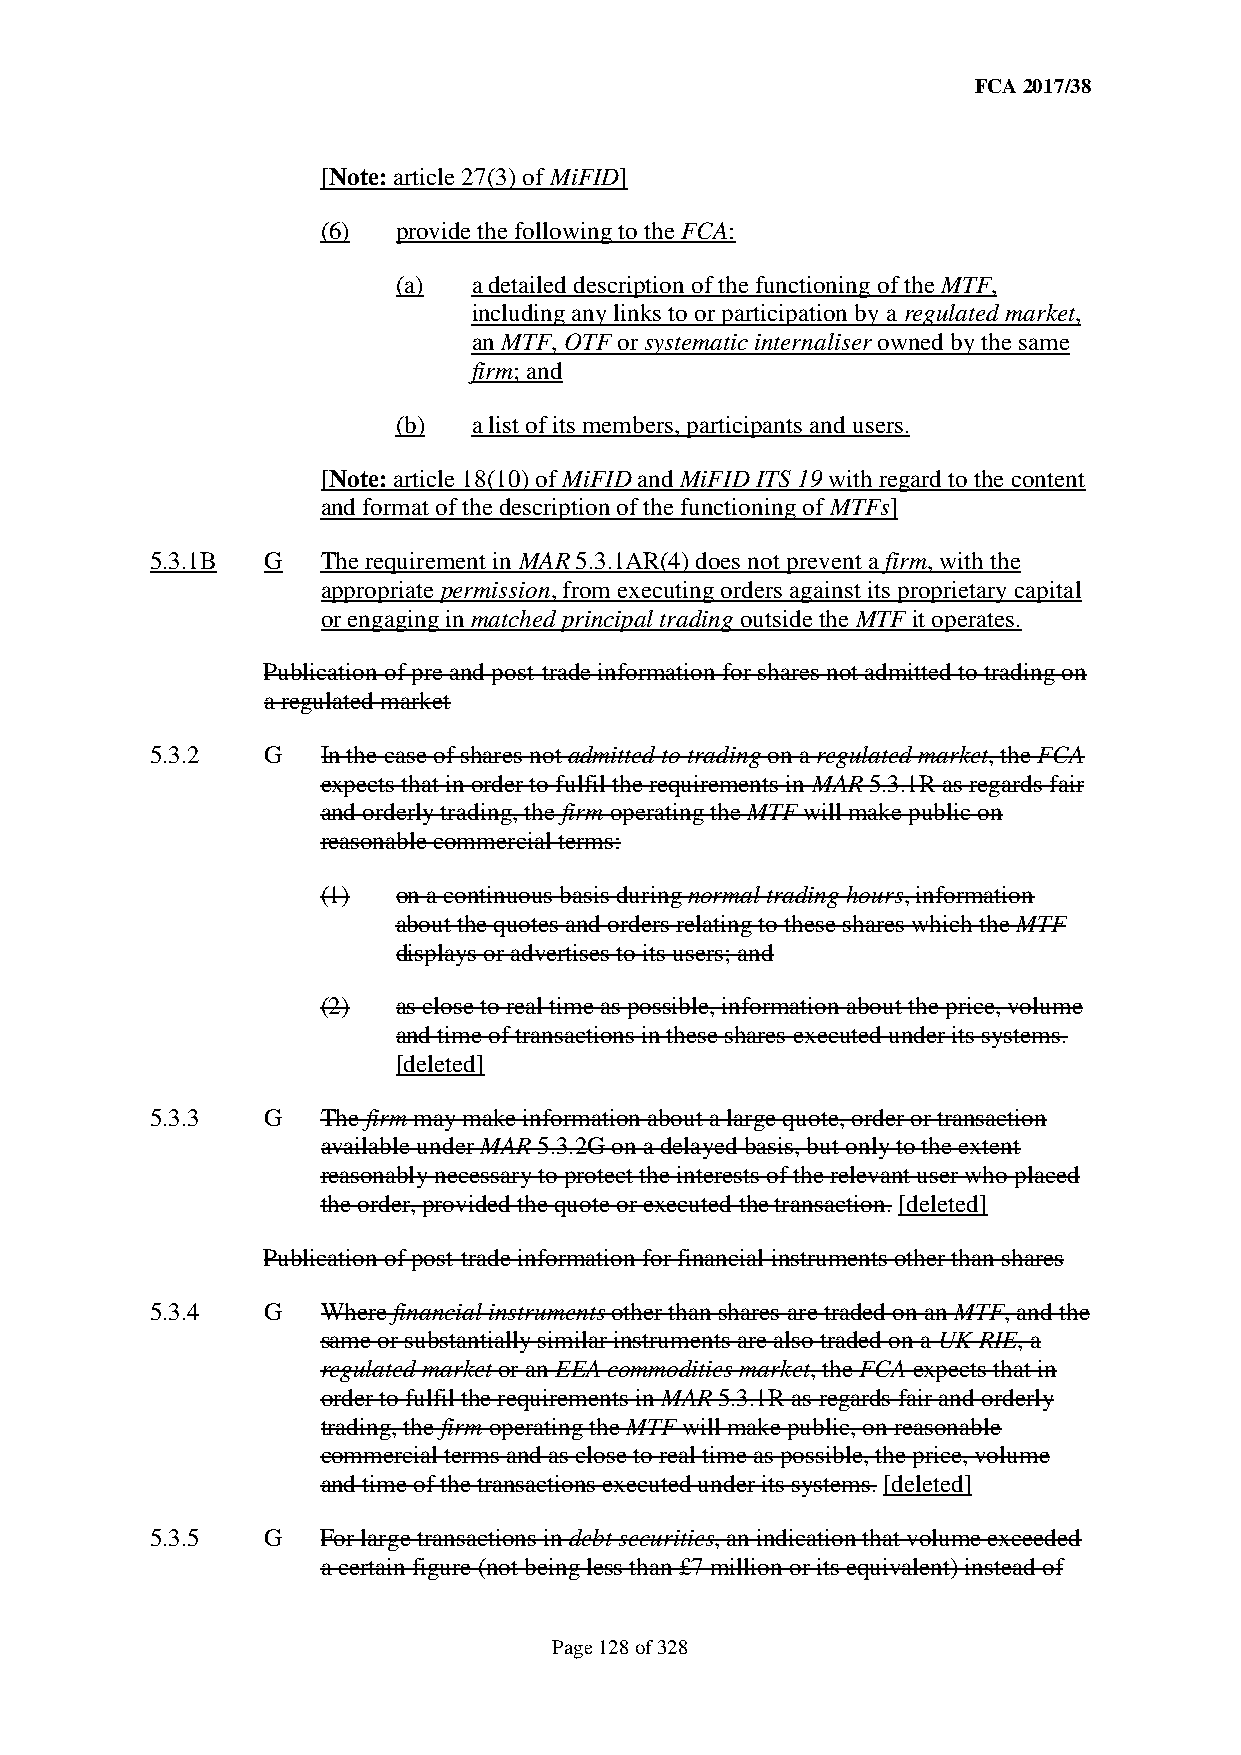
FCA 2017/38
 [Note: article 27(3) of MiFID]
 (6)  provide the following to the FCA:
 (a)  a detailed description of the functioning of the MTF,
 including any links to or participation by a regulated market,
 an MTF, OTF or systematic internaliser owned by the same
 firm; and
 (b)  a list of its members, participants and users.
 [Note: article 18(10) of MiFID and MiFID ITS 19 with regard to the content
 and format of the description of the functioning of MTFs]
 5.3.1B G   The requirement in MAR 5.3.1AR(4) does not prevent a firm, with the
 appropriate permission, from executing orders against its proprietary capital
 or engaging in matched principal trading outside the MTF it operates.
 Publication of pre and post-trade information for shares not admitted to trading on
 a regulated market
 5.3.2  G   In the case of shares not admitted to trading on a regulated market, the FCA
 expects that in order to fulfil the requirements in MAR 5.3.1R as regards fair
 and orderly trading, the firm operating the MTF will make public on
 reasonable commercial terms:
 (1)  on a continuous basis during normal trading hours, information
 about the quotes and orders relating to these shares which the MTF
 displays or advertises to its users; and
 (2)  as close to real time as possible, information about the price, volume
 and time of transactions in these shares executed under its systems.
 [deleted]
 5.3.3  G   The firm may make information about a large quote, order or transaction
 available under MAR 5.3.2G on a delayed basis, but only to the extent
 reasonably necessary to protect the interests of the relevant user who placed
 the order, provided the quote or executed the transaction. [deleted]
 Publication of post-trade information for financial instruments other than shares
 5.3.4  G   Where financial instruments other than shares are traded on an MTF, and the
 same or substantially similar instruments are also traded on a UK RIE, a
 regulated market or an EEA commodities market, the FCA expects that in
 order to fulfil the requirements in MAR 5.3.1R as regards fair and orderly
 trading, the firm operating the MTF will make public, on reasonable
 commercial terms and as close to real time as possible, the price, volume
 and time of the transactions executed under its systems. [deleted]
 5.3.5  G   For large transactions in debt securities, an indication that volume exceeded
 a certain figure (not being less than £7 million or its equivalent) instead of
 Page 128 of 328